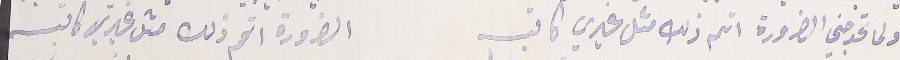
ولما تحوجني الضرورة اتم ذلك مثل غيري كاتب                          الضرورة اتمم ذلك متل غيري كاتب